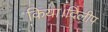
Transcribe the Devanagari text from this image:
किया।दिलीप